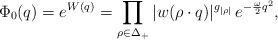
LaTeX: \begin{align*}\Phi_0(q)=e^{W(q)}=\prod_{\rho\in\Delta_+} |w(\rho\cdot q)|^{g_{|\rho|}}\,e^{-{\omega\over2}q^2}, \end{align*}